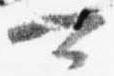
可